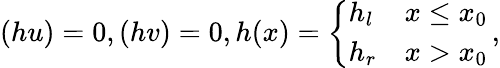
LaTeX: (hu)=0,(hv)=0,h(x)=\left\{ \begin{array}{ll}{h_{l}}&{x\leq x_{0}}\\ {h_{r}}&{x>x_{0}}\end{array}\right.\, ,